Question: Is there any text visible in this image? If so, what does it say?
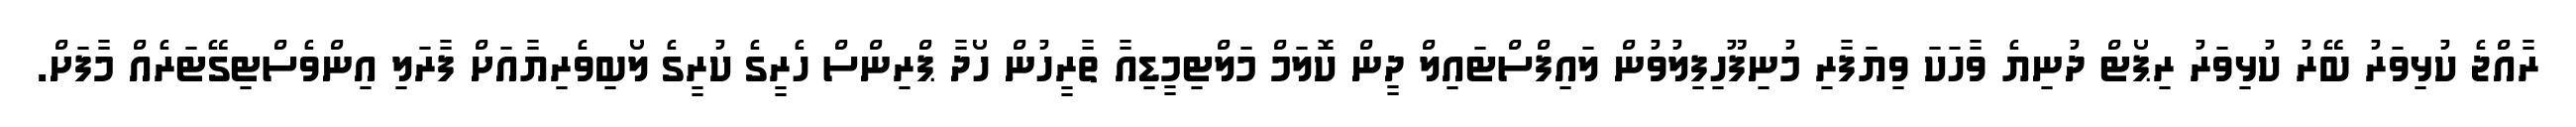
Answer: ރާއްޖެ ކުޅިވަރު ބޭރު ކުޅިވަރު ރިޕޯޓް ދުނިޔެ ވާހަކަ ވިޔަފާރި މުނިފޫހިފިލުވުން ލައިފްސްޓައިލް ދީން ކޮލަމް މަލްޓިމީޑިއާ ތާރީހުން ހޯދާ ޕްރިންސް ހެރީގެ ކުރީގެ ލޯބިވެރިޔާއަށް ފާރަލި އިންވެސްޓިގޭޓަރެއް މާފަށް.